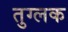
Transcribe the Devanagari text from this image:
तुग्लक